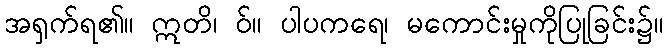
အရှက်ရ၏။ ဣတိ၊ ဝ်။ ပါပကရေ၊ မကောင်းမှုကိုပြုခြင်း၌။